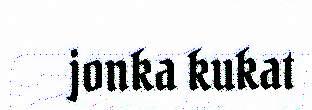
jonka kukat